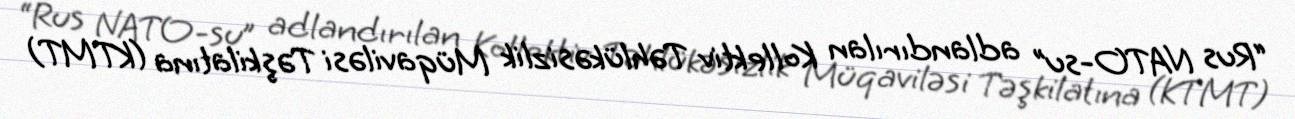
“Rus NATO-su” adlandırılan Kollektiv Təhlükəsizlik Müqaviləsi Təşkilatına (KTMT)